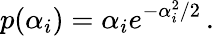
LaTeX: p(\alpha_{i})=\alpha_{i}e^{-\alpha_{i}^{2}/2}\, .